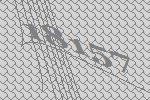
18157